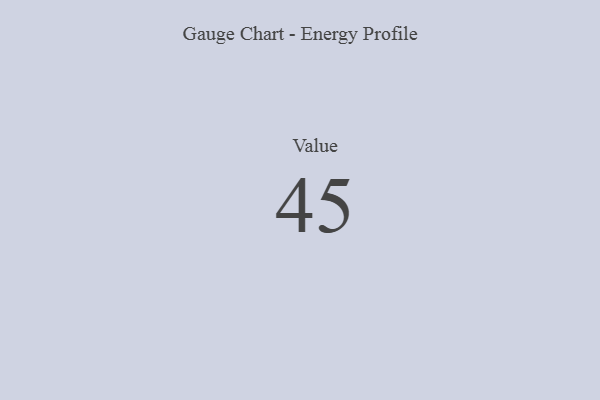
{"axis": {"x": "Metric", "y": "Value"}, "legend": [""], "data": [{"x": "Value", "y": 45, "type": ""}]}